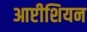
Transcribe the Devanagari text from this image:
आप्टीशियन